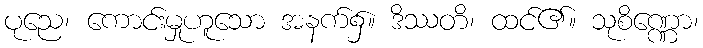
ပုညေ၊ ကောင်းမှုဟူသော အနက်၌။ ဒိဿတိ၊ ထင်၏။ သုစိဏ္ဏော၊